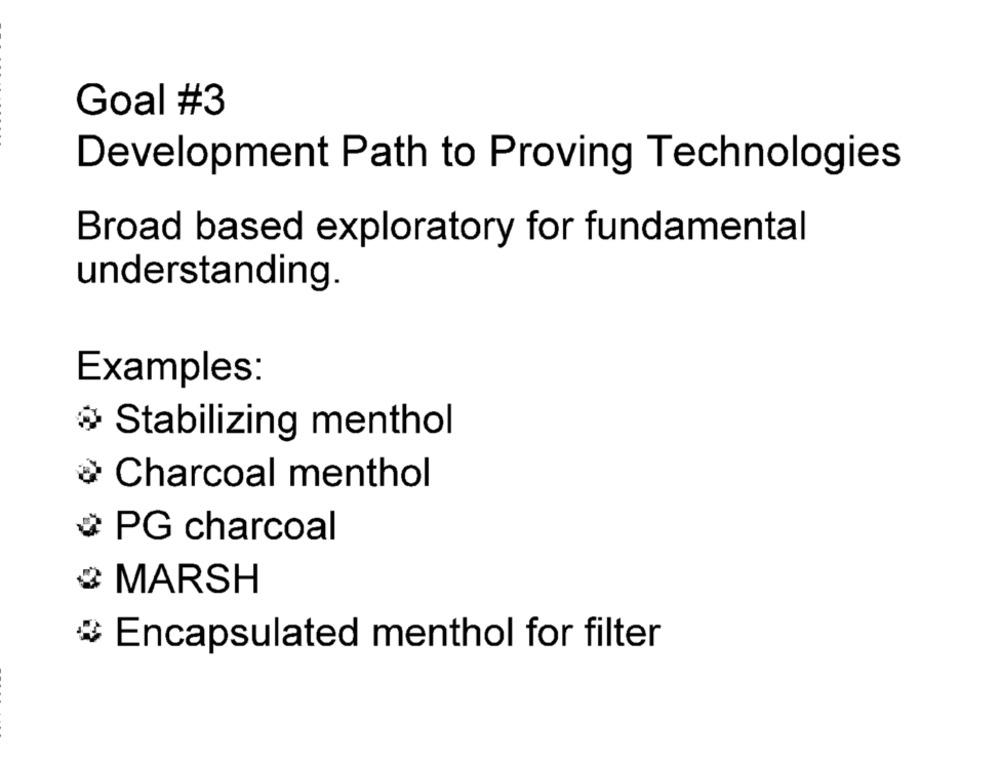
Goal #3
Development Path to Proving Technologies
Broad based exploratory for fundamental
understanding.
Examples:
Stabilizing menthol
Charcoal menthol
PG charcoal
MARSH
Encapsulated menthol for filter